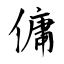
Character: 傭